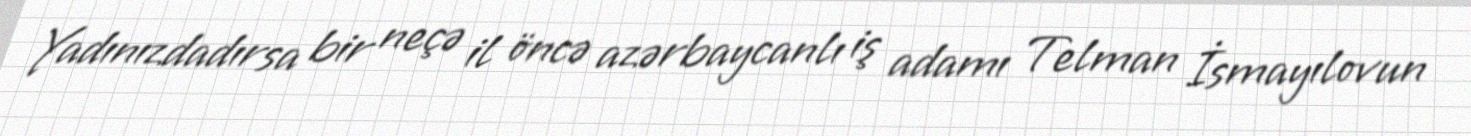
Yadınızdadırsa bir neçə il öncə azərbaycanlı iş adamı Telman İsmayılovun